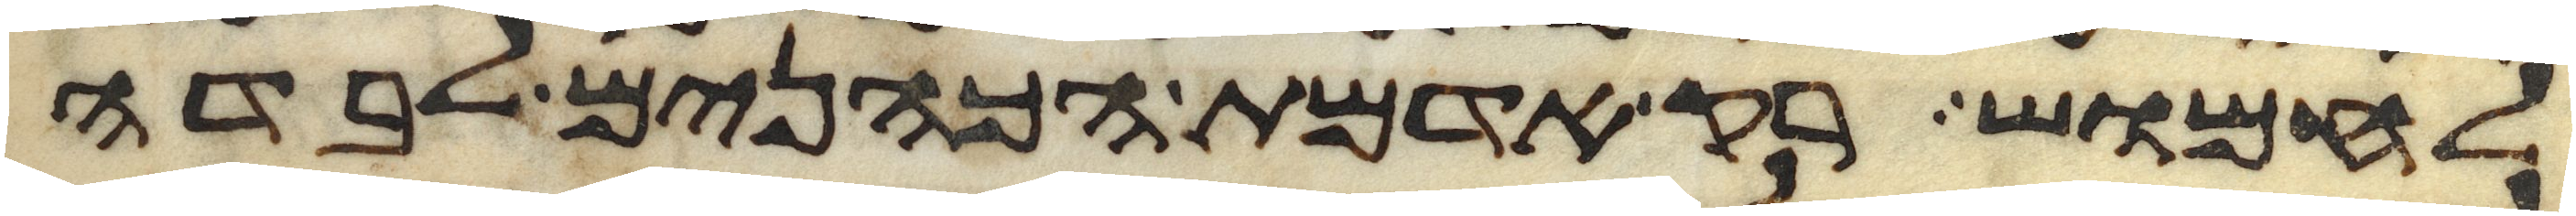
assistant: לחמוש רק אדמת הכהנים לבדה